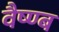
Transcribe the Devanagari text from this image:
वैष्ण्ब